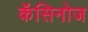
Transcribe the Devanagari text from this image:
कॅसिनोज